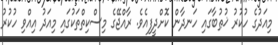
މިއަދުގެ ހުކުރު ޚުޠުބާގައި ހަނދާން ކޮށްދީފިއެވެ. ރާއްޖޭގެ މިސްކިތްތަކުގައި މިއަދު އިއްވި ހުކުރު